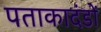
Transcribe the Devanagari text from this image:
पताकादंडों